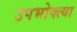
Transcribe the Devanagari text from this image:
उपभोक्त्या